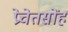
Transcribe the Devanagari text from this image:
प्रेचेतसोंह